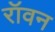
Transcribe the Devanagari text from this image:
रॉवन